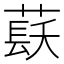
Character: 𱾏